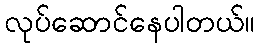
လုပ်ဆောင်နေပါတယ်။